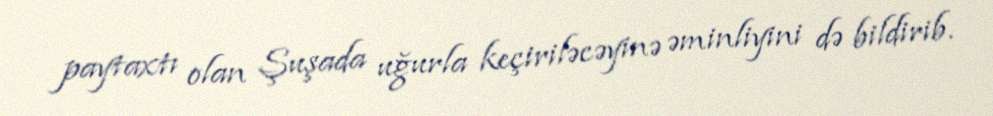
paytaxtı olan Şuşada uğurla keçiriləcəyinə əminliyini də bildirib.